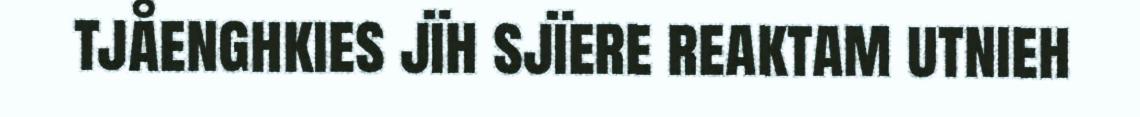
tjåenghkies jïh sjïere reaktam utnieh